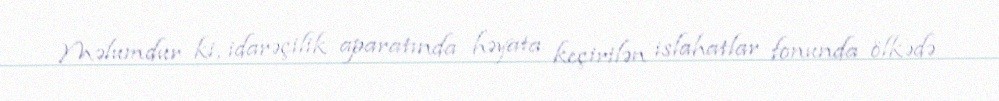
Məlumdur ki, idarəçilik aparatında həyata keçirilən islahatlar fonunda ölkədə